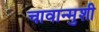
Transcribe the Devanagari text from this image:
चावान्मुशी